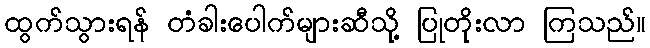
ထွက်သွားရန် တံခါးပေါက်များဆီသို့ ပြုတိုးလာ ကြသည်။